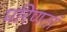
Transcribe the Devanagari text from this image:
परिणतां